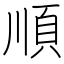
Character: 順